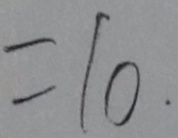
= 1 0 .